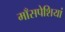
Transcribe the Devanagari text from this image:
माँसपेशियां